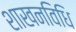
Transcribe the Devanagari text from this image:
शाखनविधि